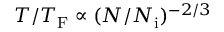
T / T _ { \mathrm { F } } \propto ( N / N _ { \mathrm { i } } ) ^ { - 2 / 3 }